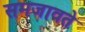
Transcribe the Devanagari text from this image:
समजावते